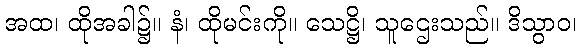
အထ၊ ထိုအခါ၌။ နံ၊ ထိုမင်းကို။ သေဋ္ဌိ၊ သူဌေးသည်။ ဒိသွာဝ၊